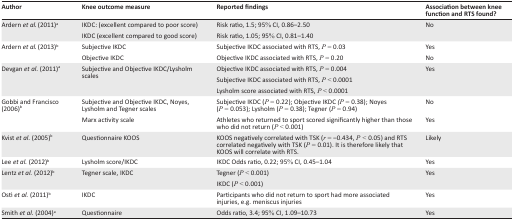
<table><thead><tr><td><b>Author</b></td><td><b>Knee outcome measure</b></td><td><b>Reported findings</b></td><td><b>Association between knee function and RTS found?</b></td></tr></thead><tbody><tr><td>Ardern <i>et al.</i> (2011)<sup>a</sup></td><td>IKDC: (excellent compared to poor score)</td><td>Risk ratio, 1.5; 95% CI, 0.86–2.50</td><td>No</td></tr><tr><td></td><td>IKDC (excellent compared to good score)</td><td>Risk ratio, 1.05; 95% CI, 0.81–1.40</td><td></td></tr><tr><td>Ardern <i>et al.</i> (2013)<sup>b</sup></td><td>Subjective IKDC</td><td>Subjective IKDC associated with RTS, <i>P</i> = 0.03</td><td>Yes</td></tr><tr><td></td><td>Objective IKDC</td><td>Objective IKDC associated with RTS, <i>P</i> = 0.20</td><td>No</td></tr><tr><td>Devgan <i>et al.</i> (2011)<sup>a</sup></td><td>Subjective and Objective IKDC/Lysholm scales</td><td>Objective IKDC associated with RTS, <i>P</i> = 0.004</td><td>Yes</td></tr><tr><td></td><td></td><td>Subjective IKDC associated with RTS, <i>P</i> &lt; 0.0001</td><td></td></tr><tr><td></td><td></td><td>Lysholm score associated with RTS, <i>P</i> &lt; 0.0001</td><td></td></tr><tr><td>Gobbi and Francisco (2006)<sup>b</sup></td><td>Subjective and Objective IKDC, Noyes, Lysholm and Tegner scales</td><td>Subjective IKDC (<i>P</i> = 0.22); Objective IKDC (<i>P</i> = 0.38); Noyes (<i>P</i>= 0.053); Lysholm (<i>P</i> = 0.38); Tegner (<i>P</i> = 0.94)</td><td>No</td></tr><tr><td></td><td>Marx activity scale</td><td>Athletes who returned to sport scored significantly higher than those who did not return (<i>P</i> &lt; 0.001)</td><td>Yes</td></tr><tr><td>Kvist <i>et al.</i> (2005)<sup>b</sup></td><td>Questionnaire KOOS</td><td>KOOS negatively correlated with TSK (<i>r</i> = –0.434, <i>P</i> &lt; 0.05) and RTS correlated negatively with TSK (<i>P</i> = 0.01). It is therefore likely that KOOS will correlate with RTS.</td><td>Likely</td></tr><tr><td>Lee <i>et al.</i> (2012)<sup>b</sup></td><td>Lysholm score/IKDC</td><td>IKDC Odds ratio, 0.22; 95% CI, 0.45–1.04</td><td>Yes</td></tr><tr><td>Lentz <i>et al.</i> (2012)<sup>b</sup></td><td>Tegner scale, IKDC</td><td>Tegner (<i>P</i> &lt; 0.001)</td><td>Yes</td></tr><tr><td></td><td></td><td>IKDC (<i>P</i> &lt; 0.001)</td><td></td></tr><tr><td>Osti <i>et al.</i> (2011)<sup>b</sup></td><td>IKDC</td><td>Participants who did not return to sport had more associated injuries, e.g. meniscus injuries</td><td>Yes</td></tr><tr><td>Smith <i>et al.</i> (2004)<sup>a</sup></td><td>Questionnaire</td><td>Odds ratio, 3.4; 95% CI, 1.09–10.73</td><td>Yes</td></tr></tbody></table>